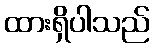
ထားရှိပါသည်